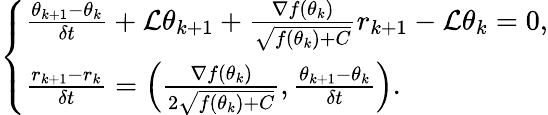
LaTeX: \left\{ \begin{array}{ll}{\frac{\theta_{k+1}-\theta_{k}}{\delta t}+\mathcal{L}\theta_{k+1}+\frac{\nabla f(\theta_{k})}{\sqrt{f(\theta_{k})+C}}r_{k+1}-\mathcal{L}\theta_{k}=0,}\\ {\frac{r_{k+1}-r_{k}}{\delta t}=\left(\frac{\nabla f(\theta_{k})}{2\sqrt{f(\theta_{k})+C}},\frac{\theta_{k+1}-\theta_{k}}{\delta t}\right).}\end{array}\right.